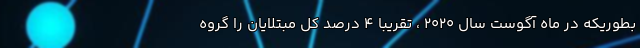
بطوریکه در ماه آگوست سال ۲۰۲۰ ، تقریبا ۴ درصد کل مبتلایان را گروه